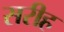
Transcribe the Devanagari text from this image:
सरीह